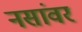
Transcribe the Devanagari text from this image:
नसांवर